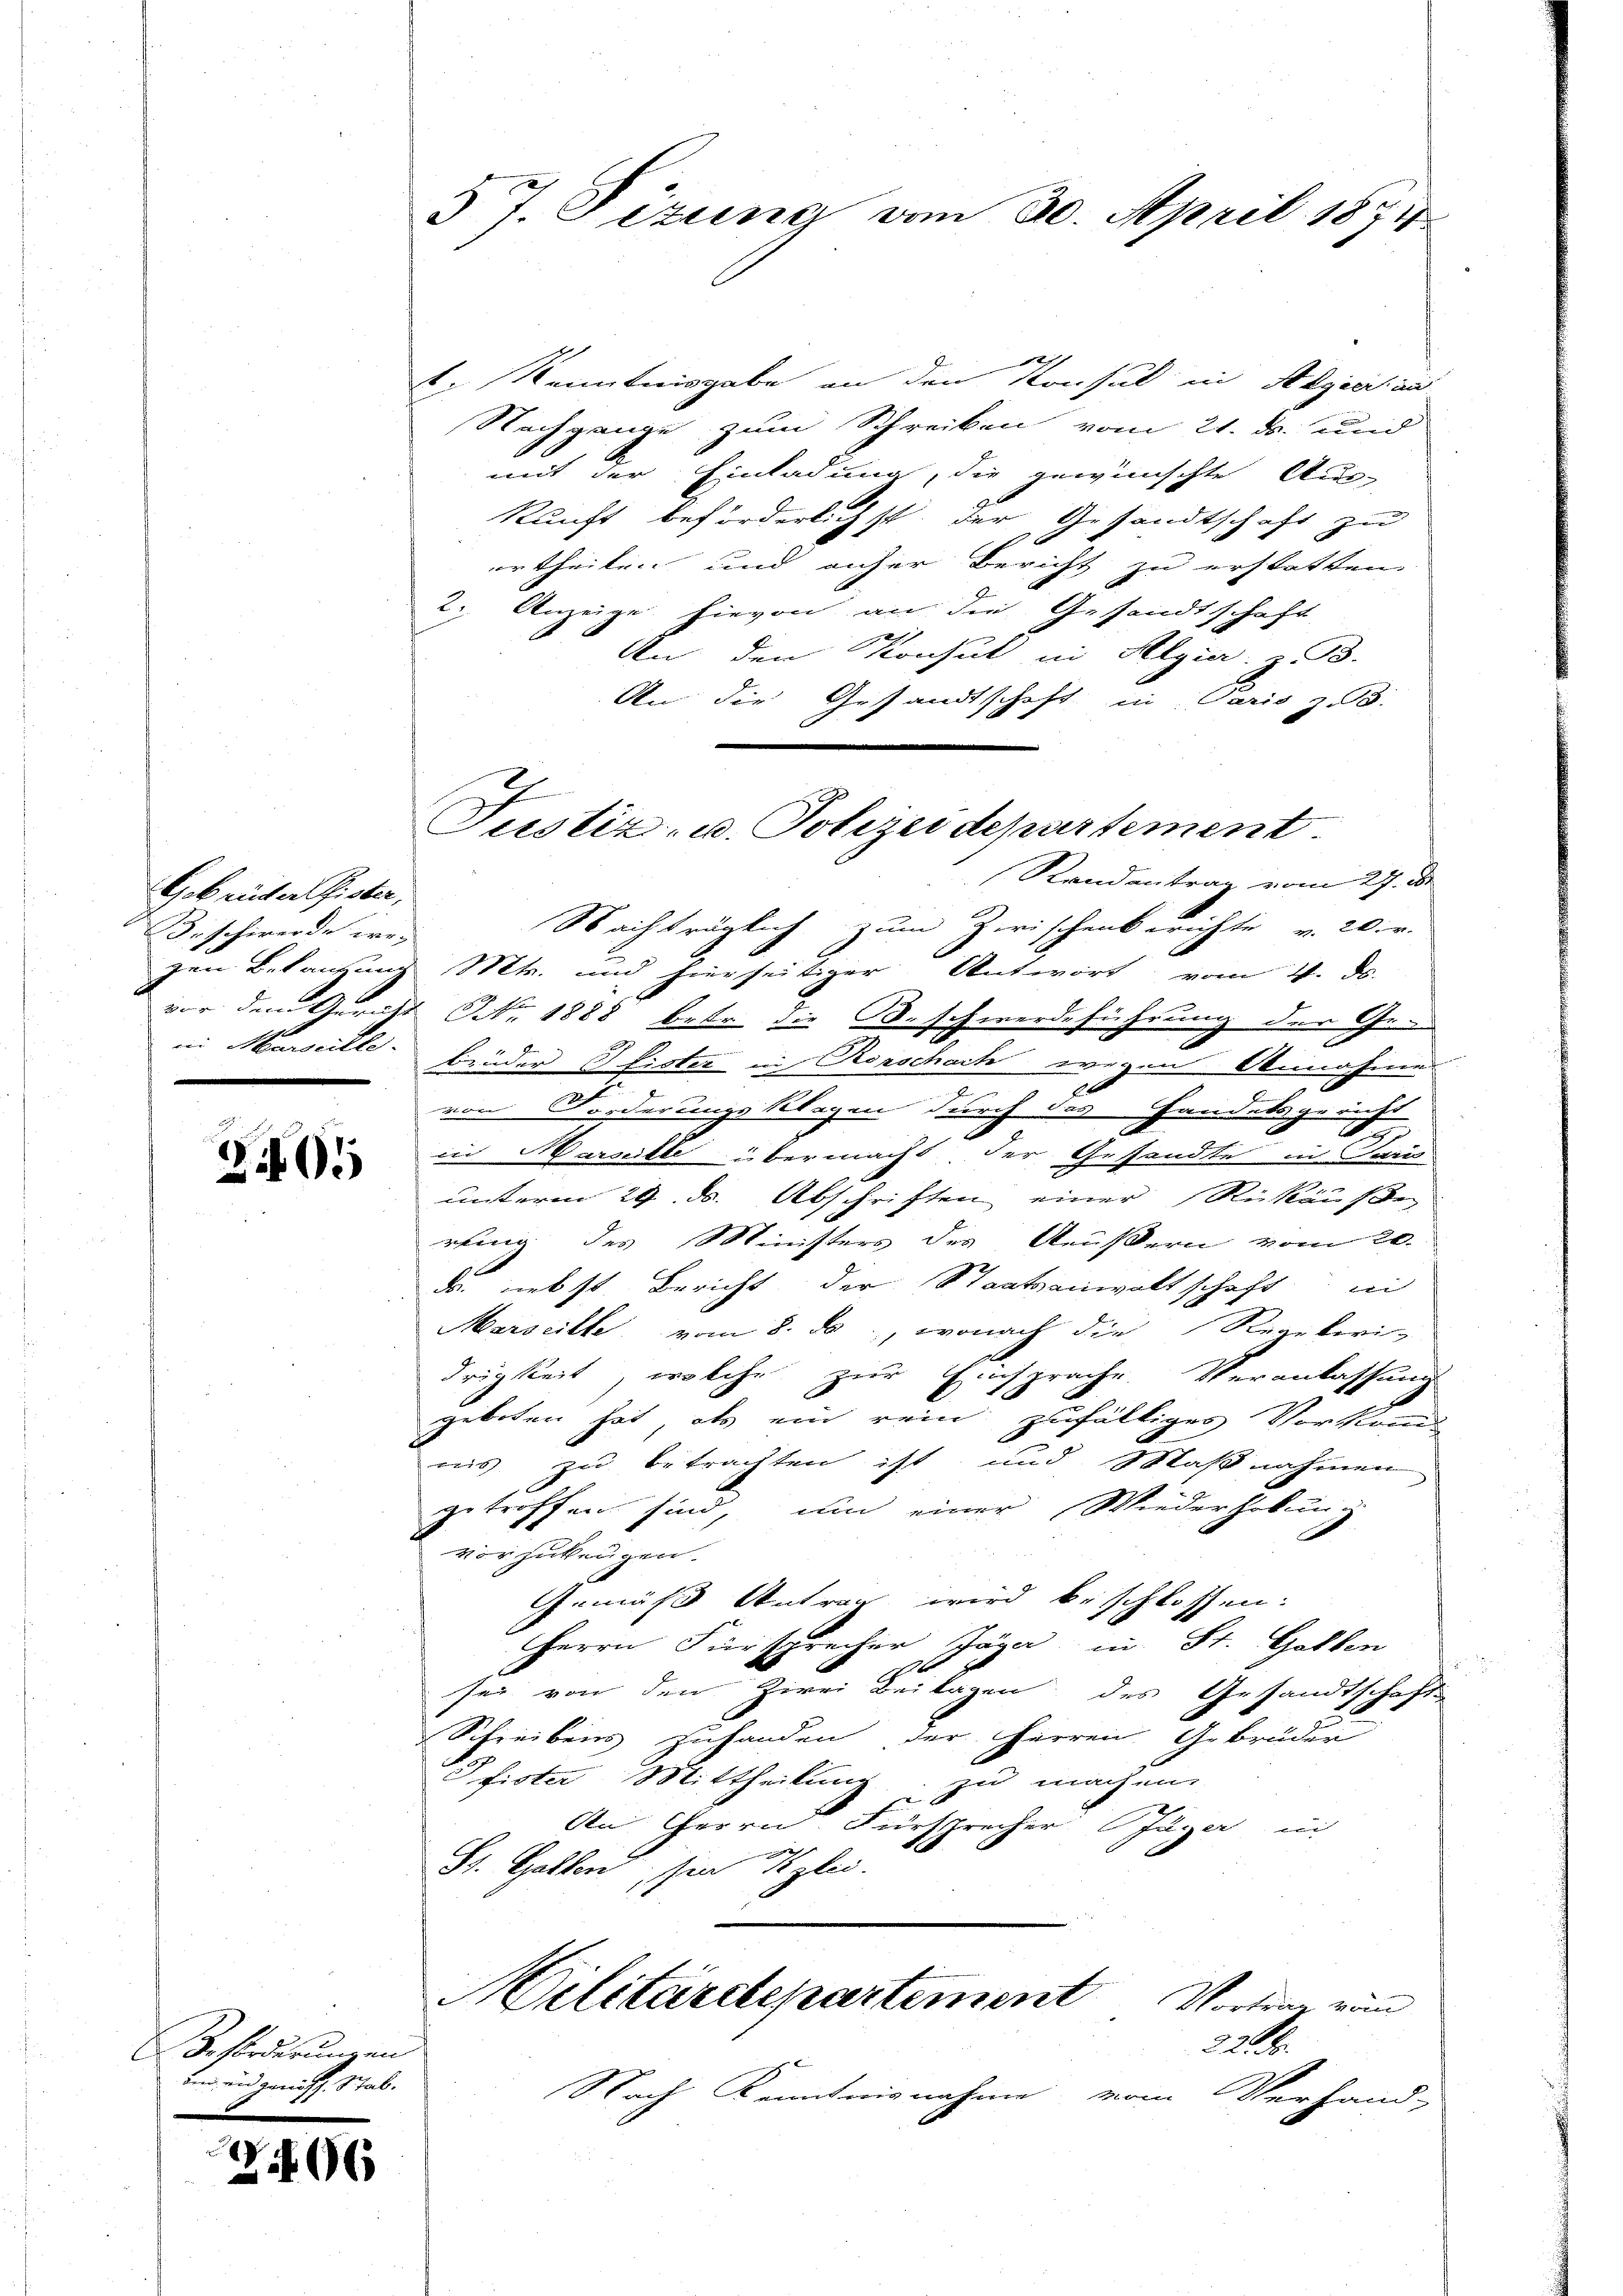
Gebreiter Gister,
Beschwerde wei

205

Beförderungen
uin und gericht. Schab.

206

t. Kenntnisgabe an den Konsul in Abgestan
Nachgange zum Schreiben vom 21. ds. und
mit der Einladung, die gewünschte Aus-
kunft beförderlichst der Gesandtschaft zu
urtheilen und anher Bericht zu erstatten.
2. Anzeige hievon an die Gesandtschaft
An den Konsul in Algier: z. B.
An die Gesandtschaft in Paris z. B.
u
(Randentrag vom 27. ds.
Nachträglich zum Zwischenberichte u. Wir
zen Bekanzung Mts. und hierseitiger Antwort vom 11. ds.
vor dem Gericht NNo. 1888 betr. die Beschwerdeführung der Gein Marseille. Binder Pfister in Rorschach wegen Annahme
von Forderungsklagen durch das Handelsgericht
91
in Marschte übermacht der Gesandte in Sau
unterm 29. ds. Abschriften einer Rückäuße
rling der Ministers des Aeußern vom 20.
d nebst Bericht der Staatsanwaltschaft in
Marseille vom 8. ds., wonach die Regeleri-
drigkeit, welche zur Einsprache. Veranlassung
geboten hat, als ein rein zufälliges Vorkan
nis zu betrachten ist, und Maßnahmen
getroffen sind, um einer Wiederhobung
vorzubeugen.
Gemäß Antrag wird beschlossen:
Herrn Fürsprecher Jäga in St. Gallen
sei von den Zwei Beilagen des Gesandtschaft
Schreibens zuhanden der Herren Gebrüder
Pfister Mittheilung zu machen.
An Herrn Fürsprecher Jäger in
Ko
h
St. Gallen, den Sizlei.
Militärdepartement Vortrag von

57. Sizung vom 30. April 1874

Justiz- u. Polizeidepartement.

22. Fr.
Nach Kenntnisnahme vom Verhand-